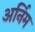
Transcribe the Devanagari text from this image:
अर्निम